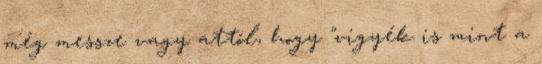
még messze vagy attól, hogy "vigyék is mint a